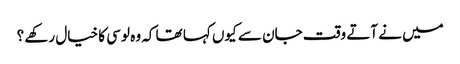
میں نے آتے وقت جان سے کیوں کہا تھا کہ وہ لوسی کا خیال رکھے ؟